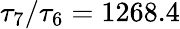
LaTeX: \tau_{7}/\tau_{6}=1268.4